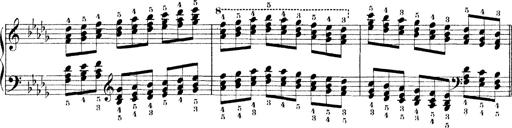
Title: Technische Studien
Composer: Franz Liszt